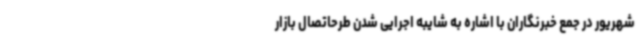
شهریور در جمع خبرنگاران با اشاره به شایبه اجرایی شدن طرحاتصال بازار